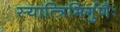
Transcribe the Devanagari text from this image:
स्यात्त्रिभिर्गुणैः